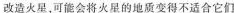
改造火星，可能会将火星的地质变得不适合它们